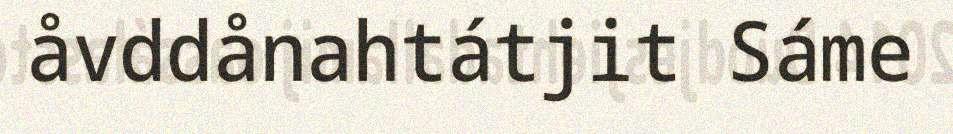
åvddånahtátjit Sáme